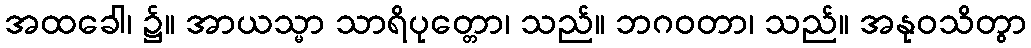
အထခေါ၊ ၌။ အာယသ္မာ သာရိပုတ္တော၊ သည်။ ဘဂဝတာ၊ သည်။ အနုဝသိတွာ